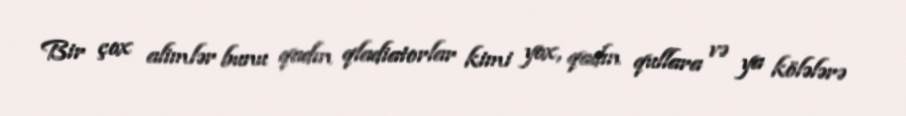
Bir çox alimlər bunu qadın qladiatorlar kimi yox, qadın qullara və ya kölələrə